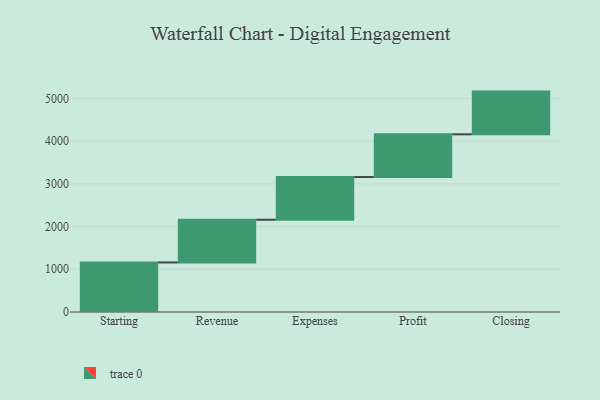
{"axis": {"x": "Step", "y": "Value"}, "legend": [""], "data": [{"x": "Starting", "y": 1160.0, "type": ""}, {"x": "Revenue", "y": 1000, "type": ""}, {"x": "Expenses", "y": 1000, "type": ""}, {"x": "Profit", "y": 1000, "type": ""}, {"x": "Closing", "y": 1000, "type": ""}]}